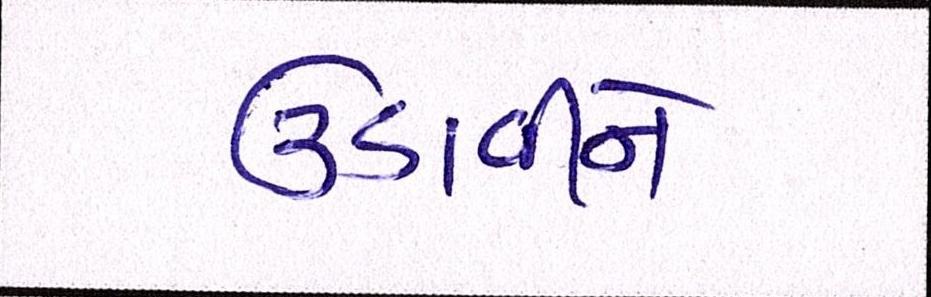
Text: ઉડાવીને